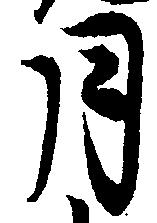
月